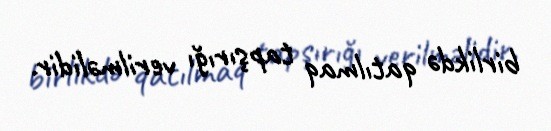
birlikdə qatılmaq tapşırığı verilməlidir.